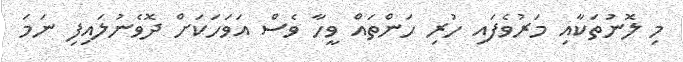
މި ލޮނުތަކާއި މަރުވެފައި ހުރި ހަންތައް ވީހާ ވެސް އަވަހަކަށް ދޮވެނުލައިފި ނަމަ